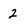
Character: 2